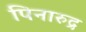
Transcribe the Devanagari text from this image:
पिनारुद्र